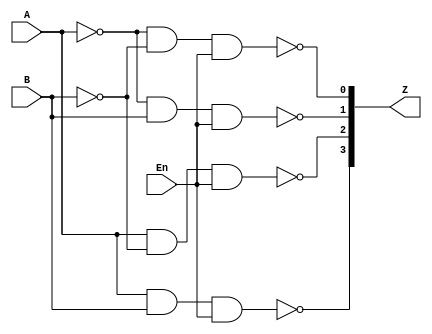
module test3(A, B, En, Z);

input A, B, En;
output [3:0] Z;

assign Z[0] = ~(~(A) & ~(B) & En);
assign Z[1] = ~(~(A) & B & En);
assign Z[2] = ~(A & ~(B) & En);
assign Z[3] = ~(A & B & En);

endmodule